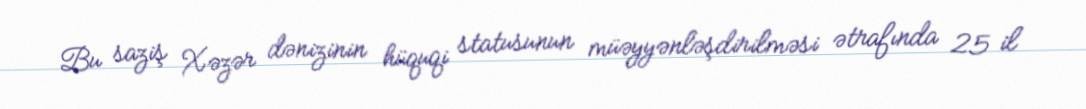
Bu saziş Xəzər dənizinin hüquqi statusunun müəyyənləşdirilməsi ətrafında 25 il